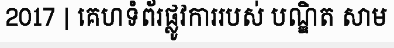
2017 | គេហទំព័រផ្លូវការរបស់ បណ្ឌិត សាម